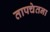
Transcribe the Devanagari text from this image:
तापचेतना